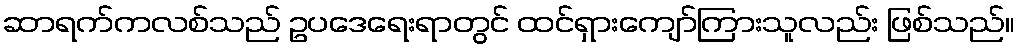
ဆာရက်ကလစ်သည် ဥပဒေရေးရာတွင် ထင်ရှားကျော်ကြားသူလည်း ဖြစ်သည်။